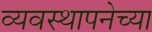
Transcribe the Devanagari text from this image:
व्यवस्थापनेच्या